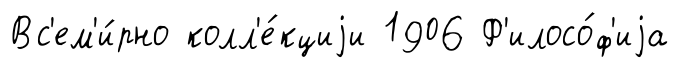
Вс'ем'и́рно колл'е́кциjи 1906 Ф'илосо́ф'иjа